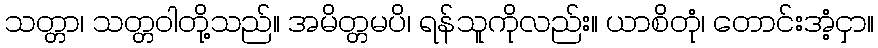
သတ္တာ၊ သတ္တဝါတို့သည်။ အမိတ္တမပိ၊ ရန်သူကိုလည်း။ ယာစိတုံ၊ တောင်းအံ့ငှာ။